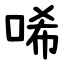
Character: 唏